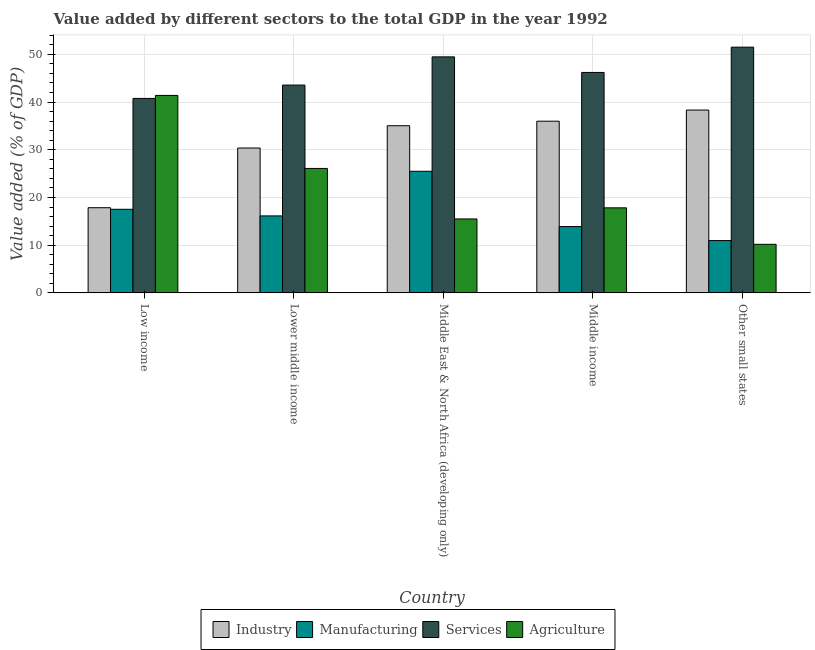
| Country | Industry | Manufacturing | Services | Agriculture |
 | --- | --- | --- | --- | --- |
 | Low income | 17.9 | 17.5 | 40.8 | 41.4 |
 | Lower middle income | 30.4 | 16.1 | 43.6 | 26.1 |
 | Middle East & North Africa (developing only) | 35 | 25.5 | 49.5 | 15.5 |
 | Middle income | 36 | 13.9 | 46.2 | 17.8 |
 | Other small states | 38.3 | 11 | 51.5 | 10.2 |